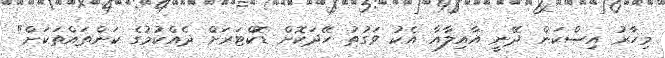
މިހާރު އިސްކަން ދޭނީ އާއިލާއާ އެކު ވަގުތު ހޭދަކޮށް ޑޮކްޓަރަށް ދެއްކުމުގެ ކަންތައްތަކަށް"